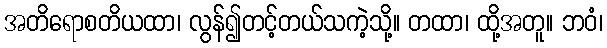
အတိရောစတိယထာ၊ လွန်၍တင့်တယ်သကဲ့သို့။ တထာ၊ ထို့အတူ။ ဘဝံ၊